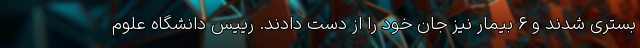
بستری شدند و ۶ بیمار نیز جان خود را از دست دادند. رییس دانشگاه علوم